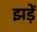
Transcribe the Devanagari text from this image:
झड़ें